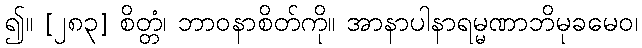
၍။ [၂၈၃] စိတ္တံ၊ ဘာဝနာစိတ်ကို။ အာနာပါနာရမ္မဏာဘိမုခမေဝ၊